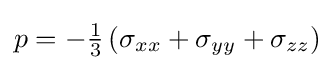
p=-{\tfrac {1}{3}}\left(\sigma _{xx}+\sigma _{yy}+\sigma _{zz}\right)